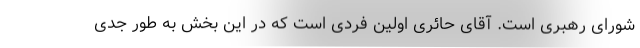
شورای رهبری است. آقای حائری اولین فردی است که در این بخش به طور جدی